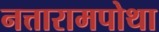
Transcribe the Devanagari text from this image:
नत्तारामपोथा